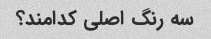
سه رنگ اصلی کدامند؟